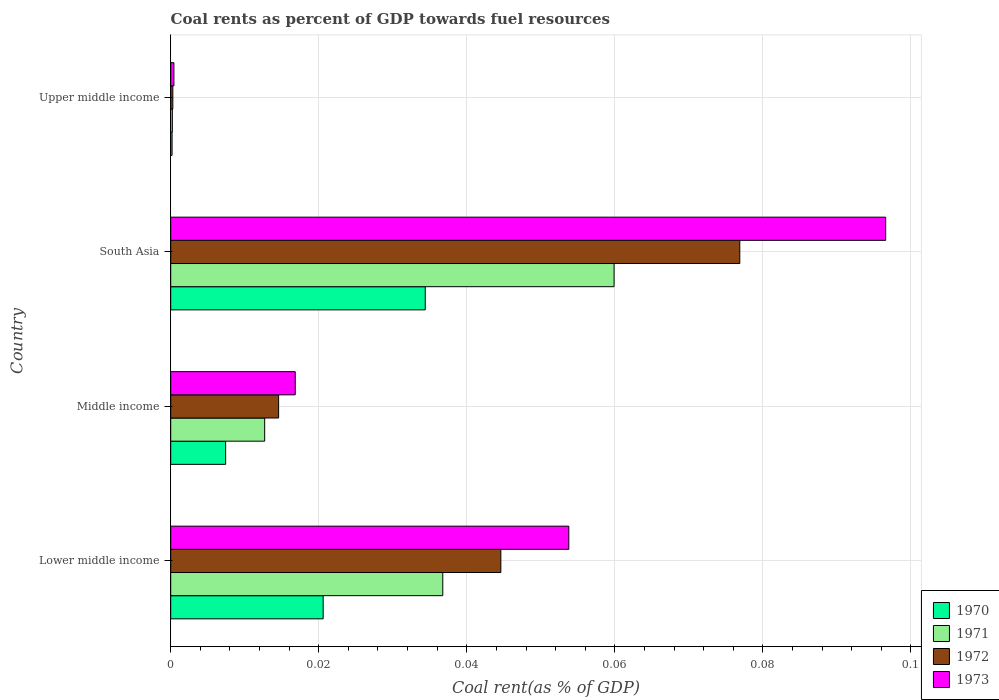
| Country | 1970 | 1971 | 1972 | 1973 |
 | --- | --- | --- | --- | --- |
 | Lower middle income | 0.0206 | 0.0368 | 0.0446 | 0.0538 |
 | Middle income | 0.00742 | 0.0127 | 0.0146 | 0.0168 |
 | South Asia | 0.0344 | 0.0599 | 0.0769 | 0.0966 |
 | Upper middle income | 0.000184 | 0.000219 | 0.000284 | 0.000431 |